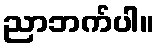
ညာဘက်ပါ။